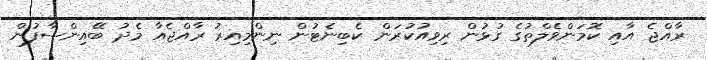
ރާއްޖެ އާއި ކޮމަންވެލްތުގެ ގުޅުން ރިވިއުކުރަން ކެބިނެޓުން ނިންމިއިރު ރާއްޖެއާ މެދު ބޭއިންސާފުން